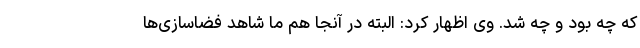
که چه بود و چه شد. وی اظهار کرد: البته در آنجا هم ما شاهد فضاسازی‌ها